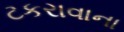
ટકરાવાના